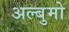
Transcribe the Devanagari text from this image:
अल्बुमो